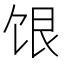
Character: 𬲷